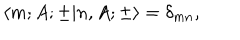
\langle m ; A ; \pm | n , A ; \pm \rangle = \delta _ { m n } ,